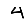
Digit: 4